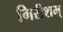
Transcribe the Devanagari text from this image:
गिरीशम्